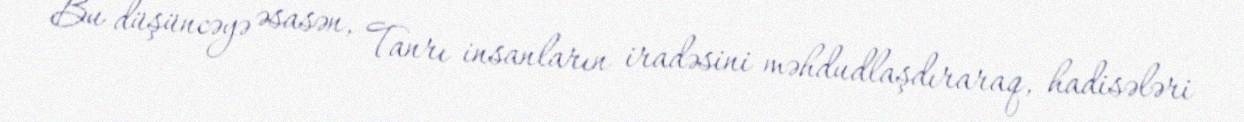
Bu düşüncəyə əsasən, Tanrı insanların iradəsini məhdudlaşdıraraq, hadisələri